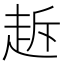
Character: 䞣